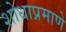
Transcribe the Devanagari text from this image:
शोधाप्रमाणे